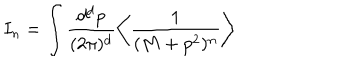
LaTeX: I _ { n } = \int \frac { d ^ { d } p } { ( 2 \pi ) ^ { d } } \left\langle \frac { 1 } { ( M + p ^ { 2 } ) ^ { n } } \right\rangle